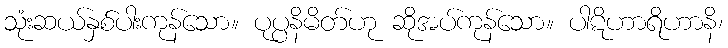
သုံးဆယ်နှစ်ပါးကုန်သော။ ပုပ္ပနိမိတ်ဟု ဆိုအပ်ကုန်သော။ ပါဋိဟာရိဟာနိ၊